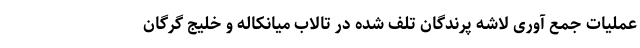
عملیات جمع آوری لاشه پرندگان تلف شده در تالاب میانکاله و خلیج گرگان